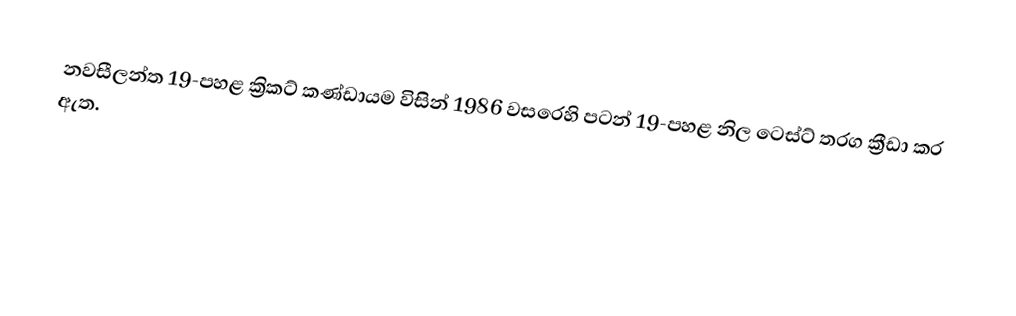
නවසීලන්ත 19-පහළ ක්‍රිකට් කණ්ඩායම විසින් 1986 වසරෙහි පටන් 19-පහළ නිල ටෙස්ට් තරග ක්‍රීඩා කර ඇත.